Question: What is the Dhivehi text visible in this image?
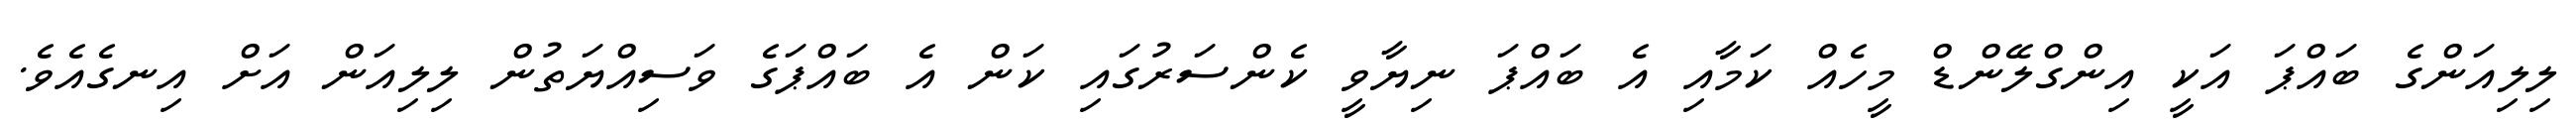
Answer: ލިލިއަންގެ ބައްޕަ އަކީ އިންގްލޭންޑް މީހެއް ކަމާއި އެ ބައްޕަ ނިޔާވީ ކެންސަރުގައި ކަން އެ ބައްޕަގެ ވަސިއްޔަތުން ލިލިއަން އަށް އިނގެއެވެ.